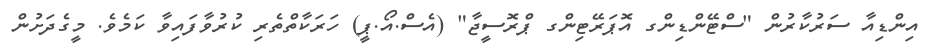
އިންޑިއާ ސަރުކާރުން "ސްޓޭންޑިންގ އޮޕަރޭޓިންގ ޕްރޮސީޖާ" (އެސް.އޯ.ޕީ) ހަރަކާތްތެރި ކުރުވާފައިވާ ކަމެވެ. މީގެދަށުން